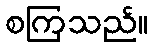
စကြသည်။